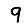
Digit: 9